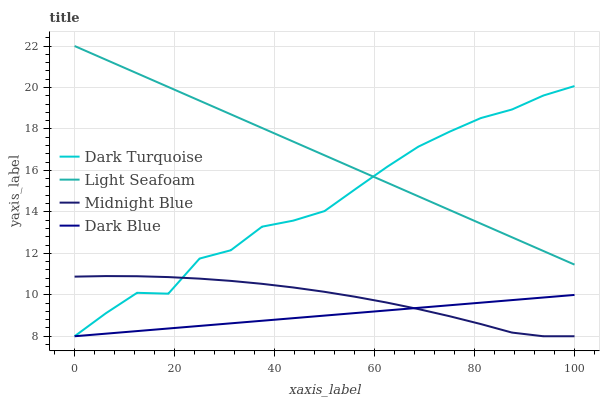
| xaxis_label | Dark Turquoise | Light Seafoam | Midnight Blue | Dark Blue |
 | --- | --- | --- | --- | --- |
 | 0 | 8 | 22 | 10.9 | 8 |
 | 6.25 | 9.11 | 21.3 | 10.9 | 8.12 |
 | 12.5 | 10.1 | 20.7 | 10.9 | 8.25 |
 | 18.8 | 10.1 | 20 | 10.9 | 8.37 |
 | 25 | 11.7 | 19.4 | 10.8 | 8.5 |
 | 31.2 | 12.1 | 18.7 | 10.7 | 8.62 |
 | 37.5 | 13.3 | 18 | 10.5 | 8.75 |
 | 43.8 | 13.6 | 17.4 | 10.4 | 8.87 |
 | 50 | 14 | 16.7 | 10.1 | 9 |
 | 56.2 | 15.1 | 16.1 | 9.9 | 9.12 |
 | 62.5 | 16.2 | 15.4 | 9.62 | 9.25 |
 | 68.8 | 17.1 | 14.8 | 9.31 | 9.37 |
 | 75 | 17.9 | 14.1 | 8.97 | 9.49 |
 | 81.2 | 18.5 | 13.4 | 8.59 | 9.62 |
 | 87.5 | 18.9 | 12.8 | 8.18 | 9.74 |
 | 93.8 | 19.6 | 12.1 | 8 | 9.87 |
 | 100 | 20.1 | 11.5 | 8 | 9.99 |